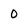
Character: 0